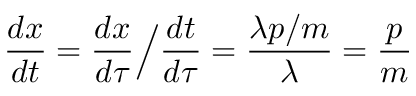
{ \frac { d x } { d t } } = { \frac { d x } { d \tau } } { \Big / } { \frac { d t } { d \tau } } = { \frac { \lambda p / m } { \lambda } } = { \frac { p } { m } }